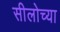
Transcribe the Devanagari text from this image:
सीलोच्या